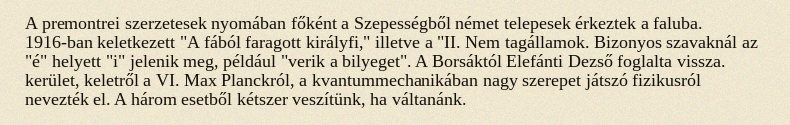
A premontrei szerzetesek nyomában főként a Szepességből német telepesek érkeztek a faluba. 1916-ban keletkezett "A fából faragott királyfi," illetve a "II. Nem tagállamok. Bizonyos szavaknál az "é" helyett "i" jelenik meg, például "verik a bilyeget". A Borsáktól Elefánti Dezső foglalta vissza. kerület, keletről a VI. Max Planckról, a kvantummechanikában nagy szerepet játszó fizikusról nevezték el. A három esetből kétszer veszítünk, ha váltanánk.